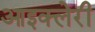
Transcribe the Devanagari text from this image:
आइक्लेरी